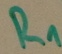
Text: R1